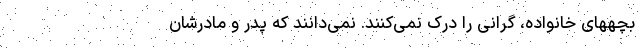
بچههای خانواده، گرانی را درک نمی‌کنند. نمی‌دانند که پدر و مادرشان